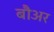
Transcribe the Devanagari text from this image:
बौअर